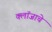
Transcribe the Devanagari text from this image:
क्लॉजाचे